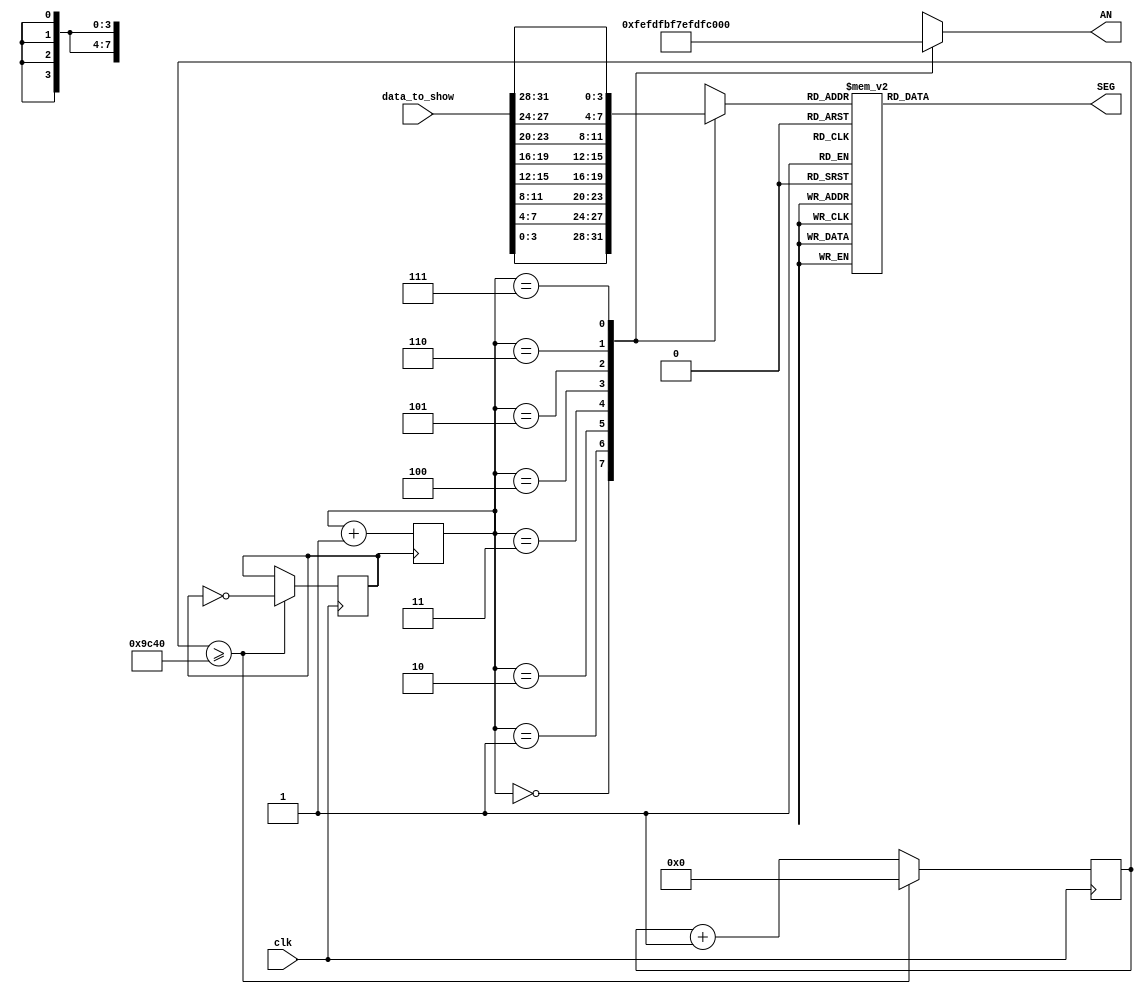
//==================================================================================================
//  Revision      : 
//
//  Description   : 
//
//
//==================================================================================================
module display(clk,data_to_show,SEG,AN);
    input clk;
    input [31:0]data_to_show;
    output reg [7:0] SEG;
    output reg [7:0] AN;
    reg [3:0]num_show;
    reg [2:0]pos;
    reg clk_down = 0;
    reg [31:0] cnt = 0;
    parameter times = 40000;//25hz
    initial begin
        pos=0;
        SEG=8'b00000000;
    end
    always@(posedge clk) begin// 
        if(cnt >= times)
            begin
                clk_down <= ~clk_down;
                cnt <= 0;
            end
        else begin
            cnt <= cnt + 1;
        end
    end
    always@(posedge clk_down)begin
             pos=pos+1;
    end
    always @(pos )   //
    begin
        case(pos)
            0:  
                begin 
                    AN[7:0] = 8'b11111110;
                    num_show=data_to_show[3:0];
                end
            1:  
                begin
                    AN[7:0] = 8'b11111101;
                    num_show=data_to_show[7:4];
                end
            2:  
                begin
                    AN[7:0] = 8'b11111011;
                    num_show=data_to_show[11:8];
                end
            3:  
                begin
                    AN[7:0] = 8'b11110111;
                    num_show=data_to_show[15:12];
                end
            4:  
                begin
                    AN[7:0] = 8'b11101111;
                    num_show=data_to_show[19:16];
                end
            5:
                begin
                    AN[7:0] = 8'b11011111;
                    num_show=data_to_show[23:20];                  
                end
            6:
                begin
                    AN[7:0] = 8'b10111111;
                    num_show=data_to_show[27:24];                  
                end
            7:
                begin
                    AN[7:0] = 8'b01111111;
                    num_show=data_to_show[31:28];                  
                end                
        endcase
    end

    always@(num_show[3:0])//
    begin
      case(num_show[3:0])
        4'b0000 :  SEG[7:0]=8'b11000000;
        4'b0001 :  SEG[7:0]=8'b11111001;
        4'b0010 :  SEG[7:0]=8'b10100100;
        4'b0011 :  SEG[7:0]=8'b10110000;
        4'b0100 :  SEG[7:0]=8'b10011001;
        4'b0101 :  SEG[7:0]=8'b10010010;
        4'b0110 :  SEG[7:0]=8'b10000010;
        4'b0111 :  SEG[7:0]=8'b11111000;
        4'b1000 :  SEG[7:0]=8'b10000000;
        4'b1001 :  SEG[7:0]=8'b10011000;
        4'b1010 :  SEG[7:0]=8'b10001000;//ABCDEF
        4'b1011 :  SEG[7:0]=8'b10000011;
        4'b1100 :  SEG[7:0]=8'b11000110;
        4'b1101 :  SEG[7:0]=8'b10100001;
        4'b1110 :  SEG[7:0]=8'b10000110;
        4'b1111 :  SEG[7:0]=8'b10001110;
        default:   SEG[7:0]=8'b11111111;
      endcase
    end
endmodule